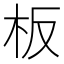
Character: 板